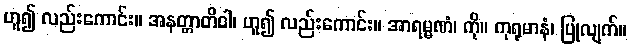
ဟူ၍ လည်းကောင်း။ အနတ္တာတိဝါ၊ ဟူ၍ လည်းကောင်း။ အာရမ္မဏံ၊ ကို။ ကုရုမာနံ၊ ပြုလျက်။